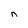
Character: n